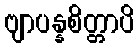
ဗျာပန္နစိတ္တာပိ